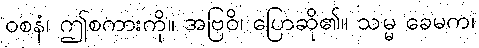
ဝစနံ၊ ဤစကားကို။ အဗြဝိ၊ ပြောဆို၏။ သမ္မ ခေမက၊